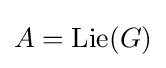
A=\mathrm {Lie} (G)